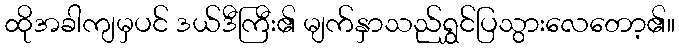
ထိုအခါကျမှပင် ဒယ်ဒီကြီး၏ မျက်နှာသည်ရွှင်ပြသွားလေတော့၏။